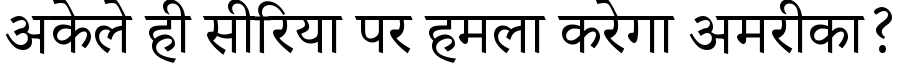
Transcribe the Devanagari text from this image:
अकेले ही सीरिया पर हमला करेगा अमरीका?